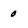
Character: 0